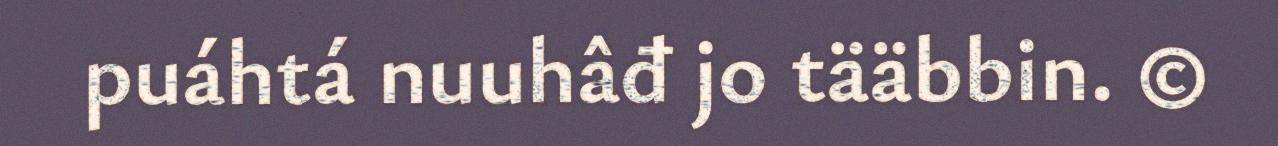
puáhtá nuuhâđ jo tääbbin. ©